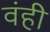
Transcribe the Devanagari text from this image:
वंही